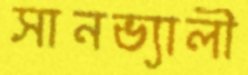
সানভ্যালী